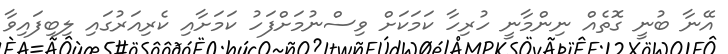
އޭނާ ބުނީ ގޮތެއް ނިންމާނީ ހުރިހާ ކަމަކަށް ވިސްނުމަށްފަހު ކަމަށާއި ކެރިއަރުގައި ލިބިފައިވާ